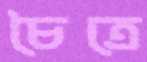
চৈত্রে